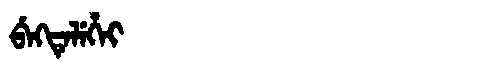
Manchu: ᠪᡝᡴᡨᡝᠯᡝᡥᡝᡳ
Romanization: BEKTELEHEI